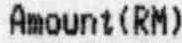
AMOUNT(RM)